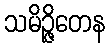
သမိဉ္ဇိတေန